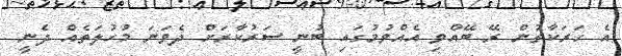
އެ ހަރަކާތުން ރޭ ބޭއްވި އެއްވުމުގައި ބުނީ ސަރުކާރަށް ދެވަނަ މުހުލަތެއް ދެނީ